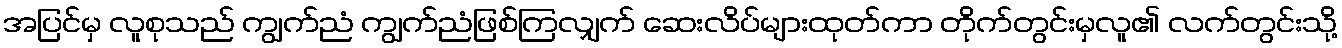
အပြင်မှ လူစုသည် ကျွက်ညံ ကျွက်ညံဖြစ်ကြလျှက် ဆေးလိပ်များထုတ်ကာ တိုက်တွင်းမှလူ၏ လက်တွင်းသို့